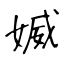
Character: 媙